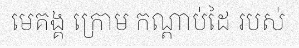
មេគង្គ ក្រោម កណ្តាប់ដៃ របស់